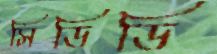
সিডিডি